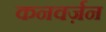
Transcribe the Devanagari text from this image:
कनवर्ज़न